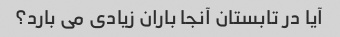
آیا در تابستان آنجا باران زیادی می بارد؟